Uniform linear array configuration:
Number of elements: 12
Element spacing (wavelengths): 0.25
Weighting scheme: exponential
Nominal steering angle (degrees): -30
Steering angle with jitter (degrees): -30.633
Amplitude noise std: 0.05
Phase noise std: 0.05

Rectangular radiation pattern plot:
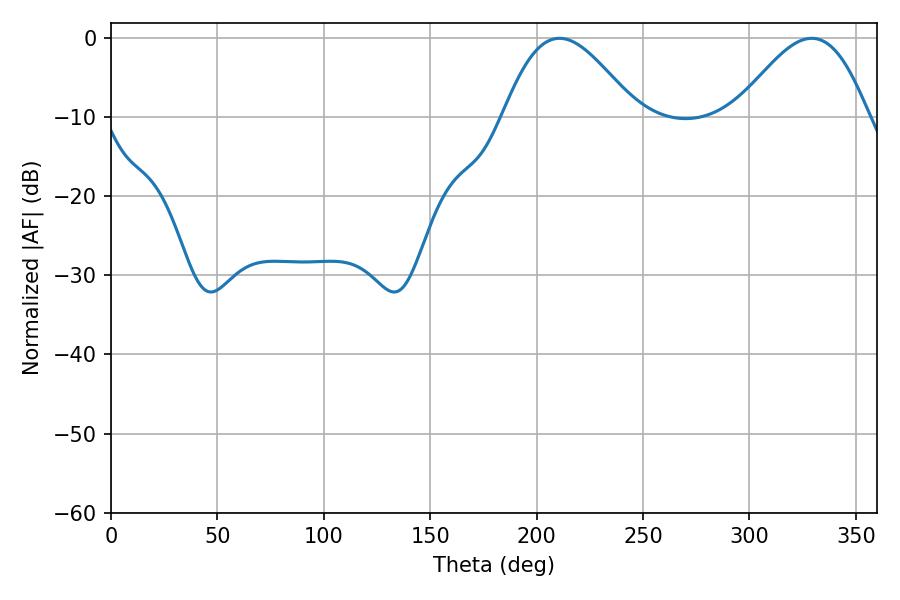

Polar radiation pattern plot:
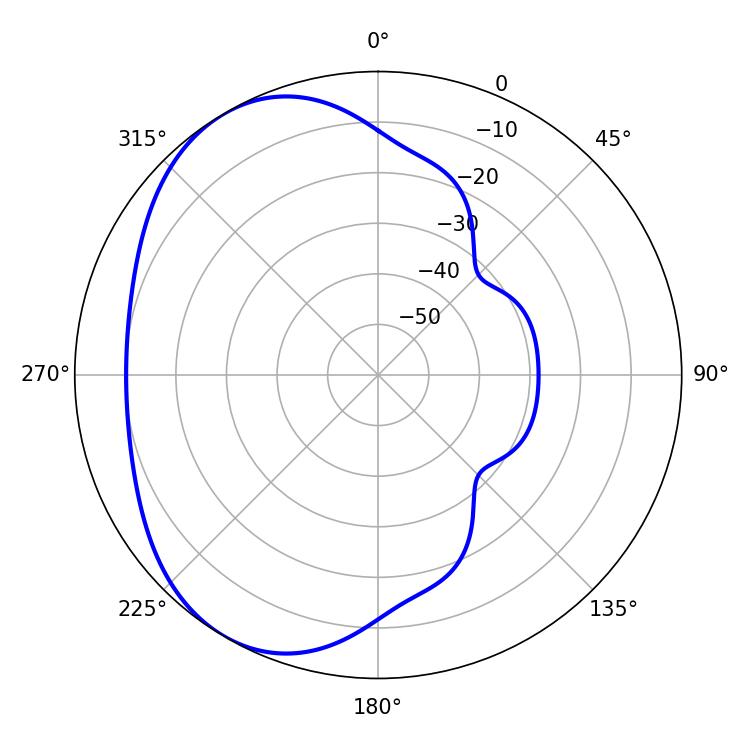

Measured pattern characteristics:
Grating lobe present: FALSE
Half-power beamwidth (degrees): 33.3
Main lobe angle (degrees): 210.78